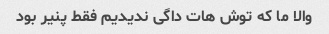
والا ما که توش هات داگی ندیدیم فقط پنیر بود